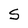
Character: S